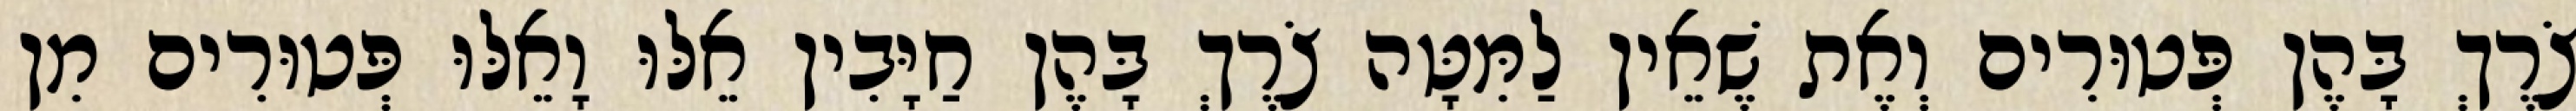
צֹרֶךְ בָּהֶן פְּטוּרִים וְאֶת שֶׁאֵין לַמִּטָּה צֹרֶךְ בָּהֶן חַיָּבִין אֵלּוּ וָאֵלּוּ פְּטוּרִים מִן